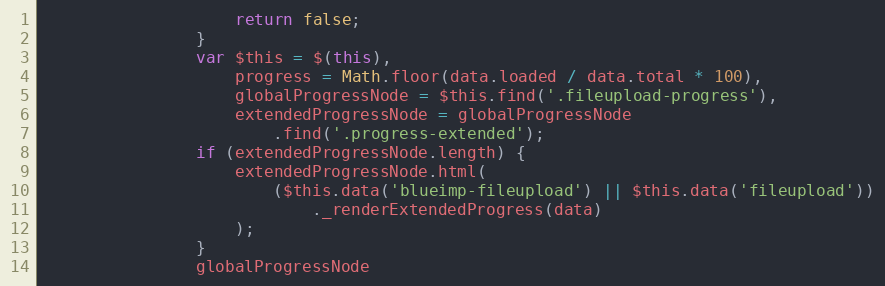
Language: JavaScript
                    return false;
                }
                var $this = $(this),
                    progress = Math.floor(data.loaded / data.total * 100),
                    globalProgressNode = $this.find('.fileupload-progress'),
                    extendedProgressNode = globalProgressNode
                        .find('.progress-extended');
                if (extendedProgressNode.length) {
                    extendedProgressNode.html(
                        ($this.data('blueimp-fileupload') || $this.data('fileupload'))
                            ._renderExtendedProgress(data)
                    );
                }
                globalProgressNode